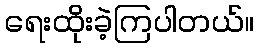
ရေးထိုးခဲ့ကြပါတယ်။